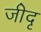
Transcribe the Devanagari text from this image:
जीदृ